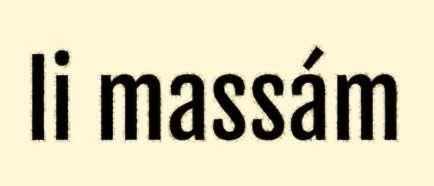
li massám